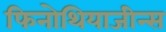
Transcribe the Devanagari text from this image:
फिनोथियाजीन्स